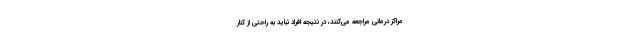
مراکز درمانی مراجعه می‌کنند، در نتیجه افراد نباید به راحتی از کنار